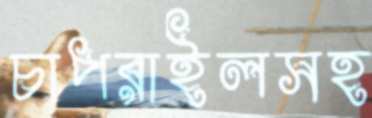
চাপরাইলসহ